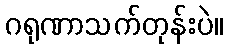
ဂရုဏာသက်တုန်းပဲ။